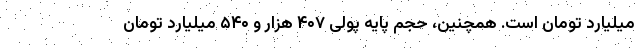
میلیارد تومان است. همچنین، حجم پایه پولی ۴۰۷ هزار و ۵۴۰ میلیارد تومان